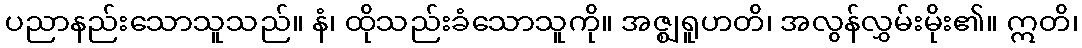
ပညာနည်းသောသူသည်။ နံ၊ ထိုသည်းခံသောသူကို။ အဇ္ဈရူဟတိ၊ အလွန်လွှမ်းမိုး၏။ ဣတိ၊